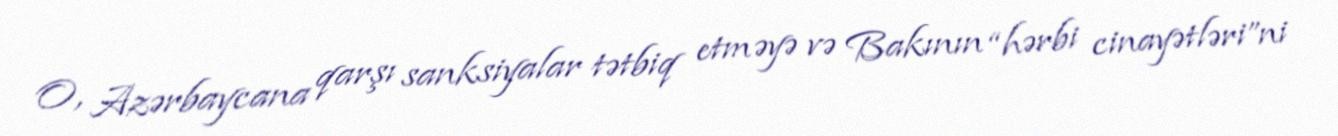
O, Azərbaycana qarşı sanksiyalar tətbiq etməyə və Bakının “hərbi cinayətləri”ni